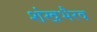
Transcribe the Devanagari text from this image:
शंखभैरव